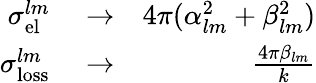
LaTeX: \begin{array}{rlr}{\sigma_{\mathrm{el}}^{lm}}&{{}\to}&{4\pi(\alpha_{lm}^{2}+\beta_{lm}^{2})}\\ {\sigma_{\mathrm{loss}}^{lm}}&{{}\to}&{\frac{4\pi\beta_{lm}}{k}}\end{array}